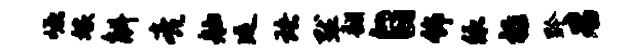
崛嫁斛亮舳延珞默翻自饰依禄黔君